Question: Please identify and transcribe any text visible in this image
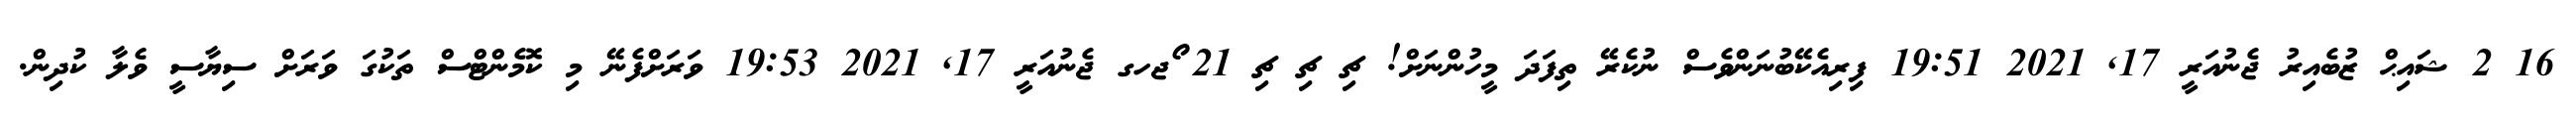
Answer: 16 2 ޝައިޙް ޒުބެއިރު ޖެނުއަރީ 17, 2021 19:51 ފިރިއެކޭބުނަންވެސް ނުކެރޭ ތިފަދަ މީހުންނަށް! ޗި ޗި ޗި 21 ޯޖހގ ޖެނުއަރީ 17, 2021 19:53 ވަރަށްފެނޭ މި ކޮމެންޓްސް ތަކުގަ ވަރަށް ސިޔާސީ ވެލާ ކުދިން.